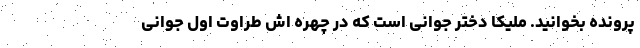
پرونده بخوانید. ملیکا دختر جوانی است که در چهره اش طراوت اول جوانی